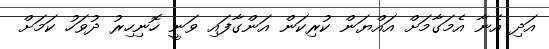
އަދި އެނާ އެމަގާމަށް އައްޔަން ކުރިކަން އަންގާފައި ވަނީ ހޮނިހިރު ދުވަހު ކަމަށް